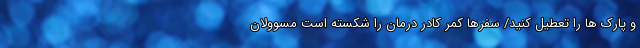
و پارک ها را تعطیل کنید/ سفرها کمر کادر درمان را شکسته است مسوولان